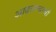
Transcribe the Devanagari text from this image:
आढळण्याची